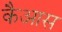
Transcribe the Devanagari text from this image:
कैआस